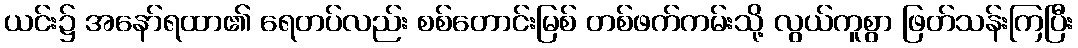
ယင်း၌ အနော်ရထာ၏ ရေတပ်လည်း စစ်တောင်းမြစ် တစ်ဖက်ကမ်းသို့ လွယ်ကူစွာ ဖြတ်သန်းကြပြီး